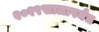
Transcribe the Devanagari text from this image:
२०१९सालापर्यंत